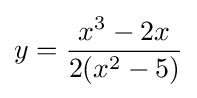
y={\frac {x^{3}-2x}{2(x^{2}-5)}}